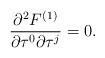
LaTeX: \begin{align*} \frac{\partial^2 F^{(1)}}{\partial \tau^0 \partial \tau^j}=0. \end{align*}